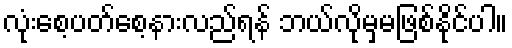
လုံးစေ့ပတ်စေ့နားလည်ရန် ဘယ်လိုမှမဖြစ်နိုင်ပါ။